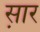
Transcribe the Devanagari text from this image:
स़ार